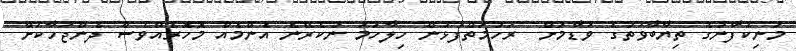
މަނިކުފާނުގެ ތިޔާބާވަތުގެ ވަޑާމަށް  ރަހުމަތްފުޅުން ހިލާހަމަ ނުކެރޭނެ އެންމެއް މޮހޮރެއްވެސް ދެންޖަހާކަށް